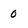
Character: 0